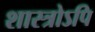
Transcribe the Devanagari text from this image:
शास्त्रोऽपि